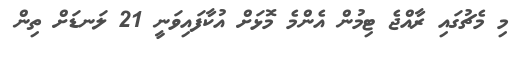
މި މެޗުގައި ރާއްޖެ ޓިމުން އެންމެ މޮޅަށް އުކާފައިވަނީ 21 ލަނޑަށް ތިން